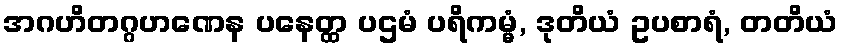
အဂဟိတဂ္ဂဟဏေန ပနေတ္ထ ပဌမံ ပရိကမ္မံ, ဒုတိယံ ဥပစာရံ, တတိယံ